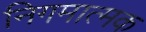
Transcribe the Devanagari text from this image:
निगमात्मक